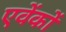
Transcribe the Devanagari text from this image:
एवेंकों